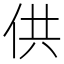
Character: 供